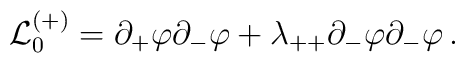
{\cal L}_0^{(+)} = \partial_+\varphi\partial_-\varphi+ \lambda_{++} \partial_-\varphi\partial_-\varphi\,.